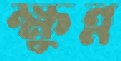
ক্ষুন্ন